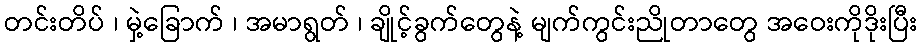
တင်းတိပ် ၊ မှဲ့ခြောက် ၊ အမာရွတ် ၊ ချိုင့်ခွက်တွေနဲ့ မျက်ကွင်းညိုတာတွေ အဝေးကိုဒိုးပြီး